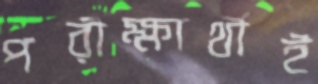
পরীক্ষার্থীই